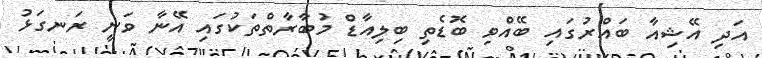
އަދި އޭޝިއާ ބައްރުގައި ބޭއްވި ބޮޑެތި ބިލިއާޑް މުބާރާތްތަކުގައި އޭނާ ވަނީ ރަނގަޅު